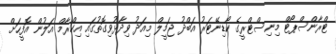
ޓްރާންސްޕޯޓް މިނިސްޓްރީގެ ކޯޑިނޭޓަރު އަބްދު ޖަމީލް މިއަދު ވިދާޅުވިގޮތުގައި އިކްރާމް އަލުން އޮފީހަށް